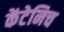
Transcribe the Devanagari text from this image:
केंटेनिच